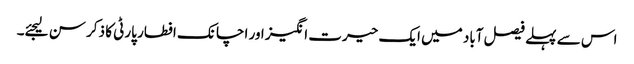
اس سے پہلے فیصل آباد میں ایک حیرت انگیز اور اچانک افطار پارٹی کا ذکر سن لیجئے۔